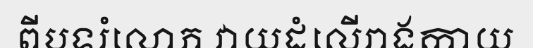
ពីបទរំលោភ វាយដំលើរាងកាយ